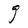
Character: g